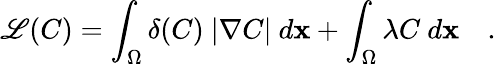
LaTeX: \mathscr{L}(C)=\int_{\Omega}\delta(C)\ |\nabla C|\ d\mathbf{x}+\int_{\Omega}\lambda C\ d\mathbf{x}\quad.